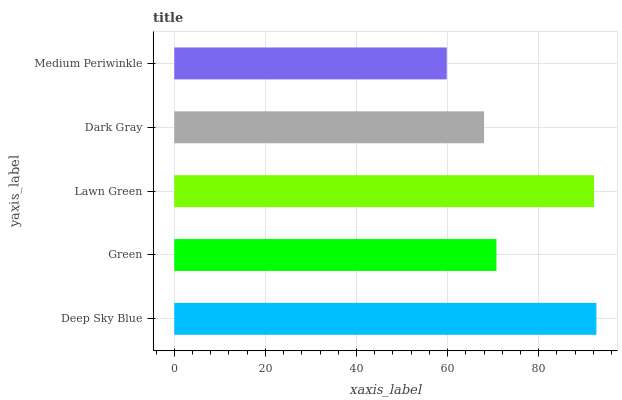
| yaxis_label | bars |
 | --- | --- |
 | Deep Sky Blue | 92.7 |
 | Green | 70.7 |
 | Lawn Green | 92.1 |
 | Dark Gray | 68 |
 | Medium Periwinkle | 59.8 |